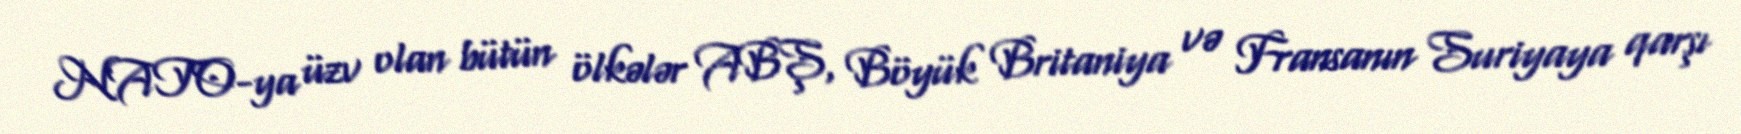
NATO-ya üzv olan bütün ölkələr ABŞ, Böyük Britaniya və Fransanın Suriyaya qarşı